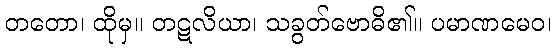
တတော၊ ထိုမှ။ တဋလိယာ၊ သခွတ်ဗောဓိ၏။ ပမာဏမေဝ၊